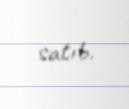
satıb.